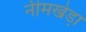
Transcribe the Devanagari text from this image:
नीमखेडा़